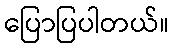
ပြောပြပါတယ်။